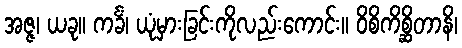
အဇ္ဇ၊ ယခု။ ကင်္ခံ၊ ယုံမှားခြင်းကိုလည်းကောင်း။ ဝိစိကိစ္ဆိတာနိ၊